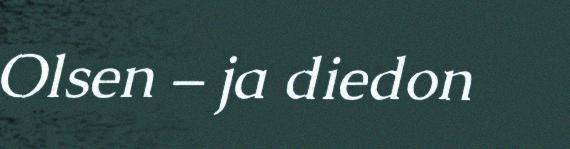
Olsen – ja diedon